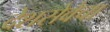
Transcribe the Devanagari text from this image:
देशसेवेचा